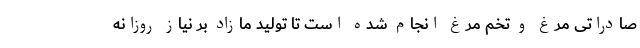
صادراتی مرغ و تخم مرغ انجام شده است تا تولید مازاد بر نیاز روزانه